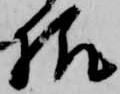
様